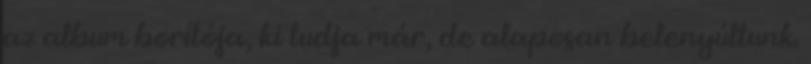
az album borítója, ki tudja már, de alaposan belenyúltunk.